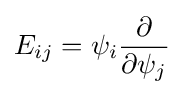
E_{ij}=\psi _{i}{\frac {\partial }{\partial \psi _{j}}}